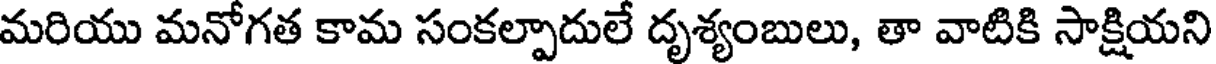
మరియు మనోగత కామ సంకల్పాదులే దృశ్యంబులు, తా వాటికి సాక్షియని